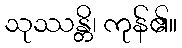
သုဿန္တိ၊ ကုန်၏။